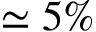
\simeq 5 \%